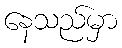
နေသည်မှာ